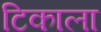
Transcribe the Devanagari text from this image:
टिकाला